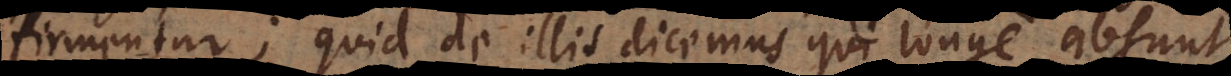
firmentur; quid de illis dicemus qui longe absunt